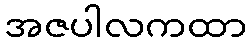
အဇပါလကထာ